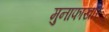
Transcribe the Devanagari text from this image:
मुनाफाखोर